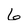
Character: 6